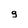
Character: g